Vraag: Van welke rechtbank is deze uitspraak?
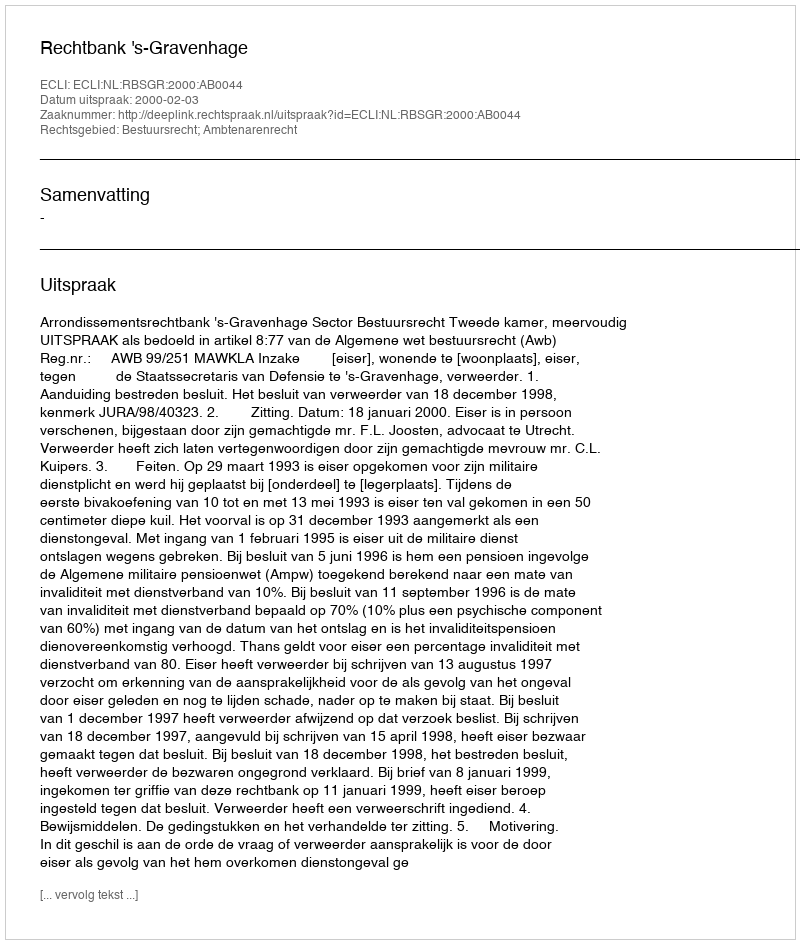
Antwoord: Rechtbank 's-Gravenhage